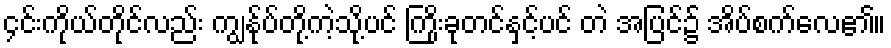
၄င်းကိုယ်တိုင်လည်း ကျွန်ုပ်တို့ကဲ့သို့ပင် ကြိုးခုတင်နှင့်ပင် တဲ အပြင်၌ အိပ်စက်လေ၏။